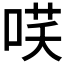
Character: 𭈎